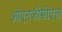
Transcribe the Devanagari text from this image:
ओएनजीसीएल